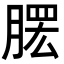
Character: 𦞗